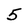
Character: 5